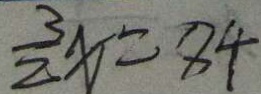
\frac { 3 } { 2 } x = 8 4